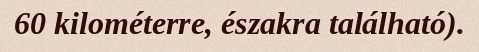
60 kilométerre, északra található).